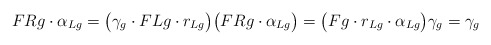
\begin{align*} F{R}g\cdot\alpha_{Lg}= \bigl( \gamma_g\cdot F{L}g\cdot r_{Lg} \bigr) \bigl( F{R}g\cdot\alpha_{Lg} \bigr) = \bigl( Fg\cdot r_{Lg}\cdot\alpha_{{L}g} \bigr) \gamma_g =\gamma_g\end{align*}